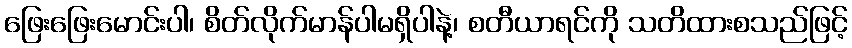
ဖြေးဖြေးမောင်းပါ၊ စိတ်လိုက်မာန်ပါမရှိပါနဲ့၊ စတီယာရင်ကို သတိထားစသည်ဖြင့်